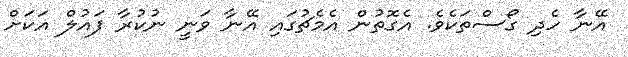
އޭނާ ހެދި ގޯސްތަކެވެ. އެގޮތުން އެމެޗުގައި އޭނާ ވަނީ ނުކުރާ ފައުލް އަކަށް